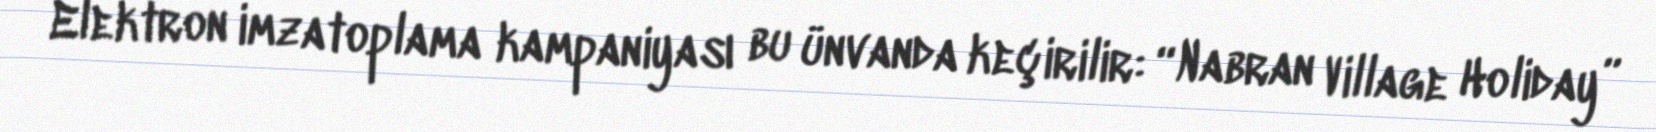
Elektron imzatoplama kampaniyası bu ünvanda keçirilir: “Nabran Village Holiday”